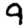
Digit: 9